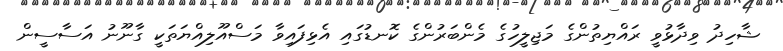
ޝާހިދު ވިދާޅުވީ ރައްޔިތުންގެ މަޖިލީހުގެ މެންބަރުންގެ ކޮނޑުގައި އެޅިފައިވާ މަސްއޫލިއްޔަތަކީ ގާނޫނު އަސާސީން